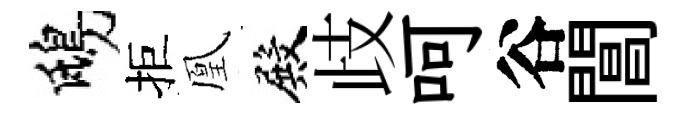
鴟拒凰殿歧呵谷閶